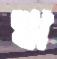
ঋ